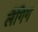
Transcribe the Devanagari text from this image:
लैंगिग